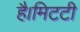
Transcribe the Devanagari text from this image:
है।मिटटी